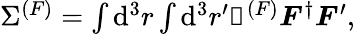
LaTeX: \begin{array}{r}{\Sigma^{(F)}=\int\mathrm{d}^{3}{r}\int\mathrm{d}^{3}{r}^{\prime}\mathbfscr{K}^{(F)}\boldsymbol{F}^{\dagger}\boldsymbol{F}^{\prime},}\end{array}